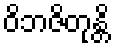
ဝိဘဇိတုန္တိ